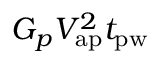
G _ { p } V _ { \mathrm { a p } } ^ { 2 } t _ { \mathrm { p w } }